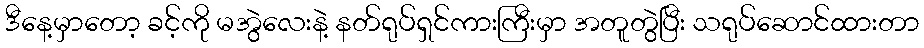
ဒီနေ့မှာတော့ ခင့်ကို မအွဲလေးနဲ့ နတ်ရုပ်ရှင်ကားကြီးမှာ အတူတွဲပြီး သရုပ်ဆောင်ထားတာ